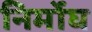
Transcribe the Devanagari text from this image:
निर्मोघ